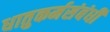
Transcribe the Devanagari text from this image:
धातुकर्मसंबंधी